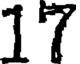
17